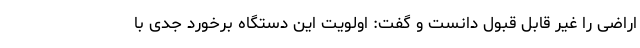
اراضی را غیر قابل قبول دانست و گفت: اولویت این دستگاه برخورد جدی با